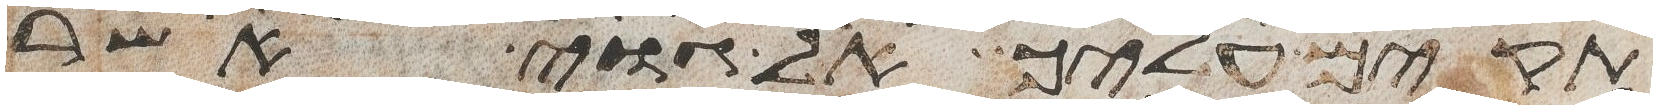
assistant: תקים עליך אל גוי אשר